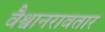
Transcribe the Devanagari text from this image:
वैश्वानरावतार